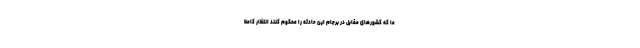
ما که کشورهای مقابل در برجام این حادثه را محکوم کنند انتظار کاملا